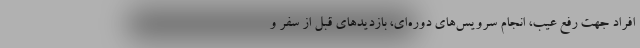
افراد جهت رفع عیب، انجام سرویس‌های دوره‌ای، بازدیدهای قبل از سفر و